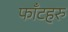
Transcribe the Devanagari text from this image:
फाँटहरु